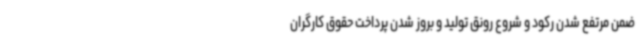
ضمن مرتفع شدن رکود و شروع رونق تولید و بروز شدن پرداخت حقوق کارگران